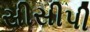
સીસીપી